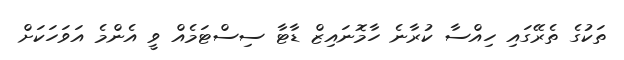
ތަކުގެ ތެރޭގައި ހިއްސާ ކުރާނެ ހާމޮނައިޒް ޑާޓާ ސިސްޓަމެއް ވީ އެންމެ އަވަހަކަށް